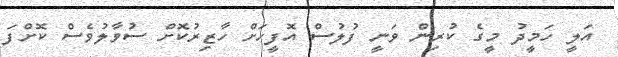
އަލީ ހަމީދު މީގެ ކުރިން ވަނީ ފުލުސް އޮފީހަށް ހާޒިރުކޮށް ސުވާލުވެސް ކޮށްފަ